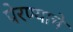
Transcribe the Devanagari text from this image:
पेरण्याचे